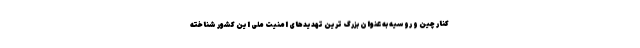
کنار چین و روسیه به عنوان بزرگ ترین تهدیدهای امنیت ملی این کشور شناخته